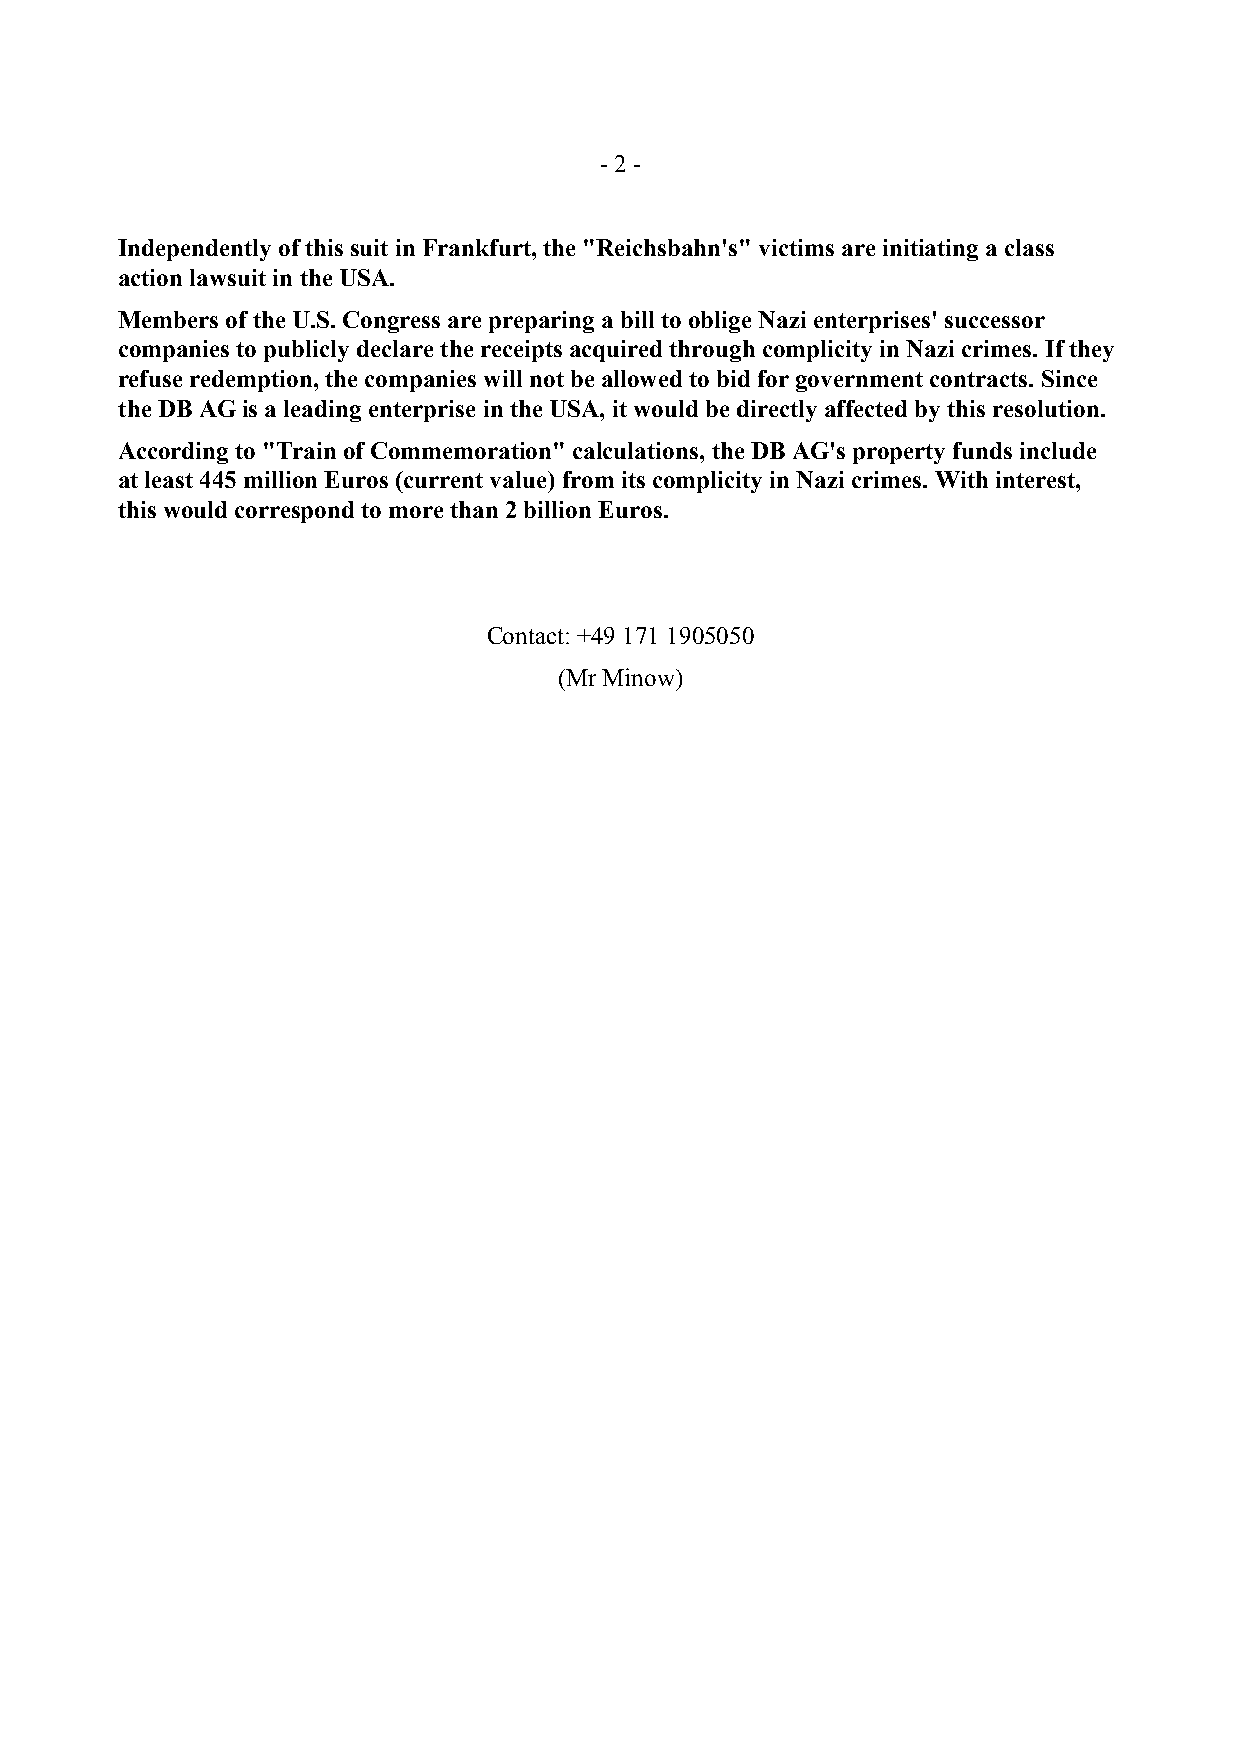
- 2 -
 Independently of this suit in Frankfurt, the "Reichsbahn's" victims are initiating a class
 action lawsuit in the USA.
 Members of the U.S. Congress are preparing a bill to oblige Nazi enterprises' successor
 companies to publicly declare the receipts acquired through complicity in Nazi crimes. If they
 refuse redemption, the companies will not be allowed to bid for government contracts. Since
 the DB AG is a leading enterprise in the USA, it would be directly affected by this resolution.
 According to "Train of Commemoration" calculations, the DB AG's property funds include
 at least 445 million Euros (current value) from its complicity in Nazi crimes. With interest,
 this would correspond to more than 2 billion Euros.
 Contact: +49 171 1905050
 (Mr Minow)